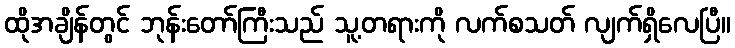
ထိုအချိန်တွင် ဘုန်းတော်ကြီးသည် သူ့တရားကို လက်စသတ် လျက်ရှိလေပြီ။